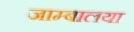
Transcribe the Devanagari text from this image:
जाम्बालया